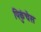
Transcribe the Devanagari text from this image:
पिकुंचेस